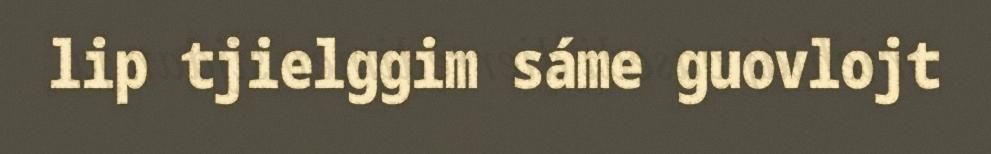
lip tjielggim sáme guovlojt